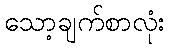
သော့ချက်စာလုံး